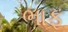
ભાફ